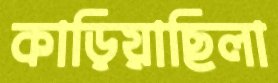
কাড়িয়াছিলা